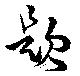
題